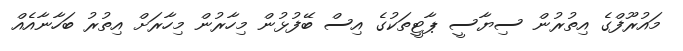
މައުރޫފްގެ އިތުރުން ސިޔާސީ ޕާޓީތަކުގެ އިސް ބޭފުޅުން މިހާރުން މިހާރަށް އިތުރު ބަހާނާއެއް